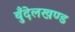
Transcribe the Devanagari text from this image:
बुँदेलखण्ड